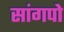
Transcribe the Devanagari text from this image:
सांगपो